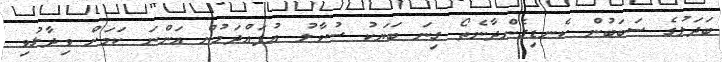
ބަދަލުގެ ސަބަބުން ކެނޑިގެންދާނެތޯ ގިނަ ބަޔަކު ސުވާލު އުފައްދަމުން އަންނަ ކަމަށް ވިދާޅުވި